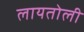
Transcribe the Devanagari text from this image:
लायतोली